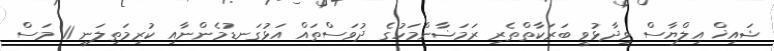
ޝައިޚް އިލްޔާސް ވިދާޅުވީ ބަރަކާތްތެރި ރަމަޟާންމަހުގެ ދުވަސްތައް އަޅުގަނޑުމެންނާއި ކުރިމަތިލަނީ 11 މަސް